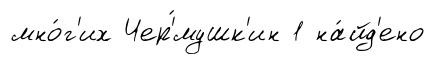
мно́г'их Чер'́мушк'ин 1 на́йд'ено